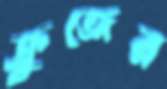
ক্রুজের